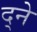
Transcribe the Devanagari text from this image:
द्ने